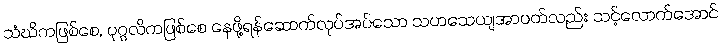
သံဃိကဖြစ်စေ, ပုဂ္ဂလိကဖြစ်စေ နေဖို့ရန်ဆောက်လုပ်အပ်သော သဟသေယျအာပတ်လည်း သင့်လောက်အောင်